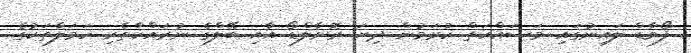
ފޯވާޑް ލައިނުގައި މަސައްކަތް ކުރަމުން ދިޔަ ރޮނާލްޑޯ އާއި ބޭލްގެ ނުރައްކާތެރި ހަމަލާތަކުގެ